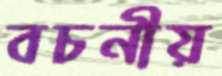
বচনীয়